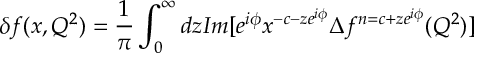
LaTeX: \delta f ( x , Q ^ { 2 } ) = \frac { 1 } { \pi } \int _ { 0 } ^ { \infty } d z I m [ e ^ { i \phi } x ^ { - c - z e ^ { i \phi } } \Delta f ^ { n = c + z e ^ { i \phi } } ( Q ^ { 2 } ) ]